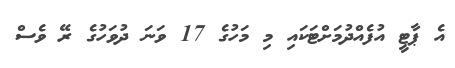
އެ ޕާޓީ އުފެއްދުމަށްޓަކައި މި މަހުގެ 17 ވަނަ ދުވަހުގެ ރޭ ވެސް